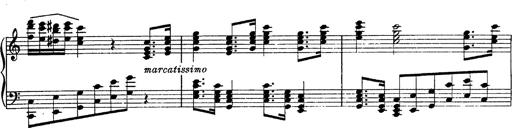
Title: Fantasie Ã¼ber Themen aus Mozarts Figaro und Don Giovanni
Composer: Franz Liszt